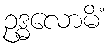
ဥဒ္ဓလောမိံ